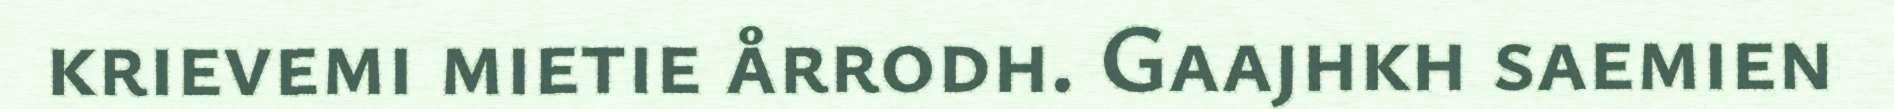
krievemi mietie årrodh. Gaajhkh saemien